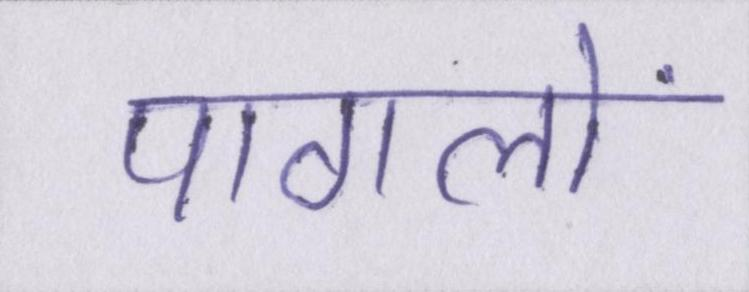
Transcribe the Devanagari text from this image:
पागलों